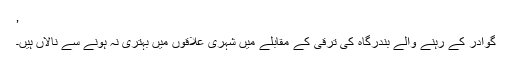
’
گوادر کے رہنے والے بندرگاہ کی ترقی کے مقابلے میں شہری علاقوں میں بہتری نہ ہونے سے نالاں ہیں۔